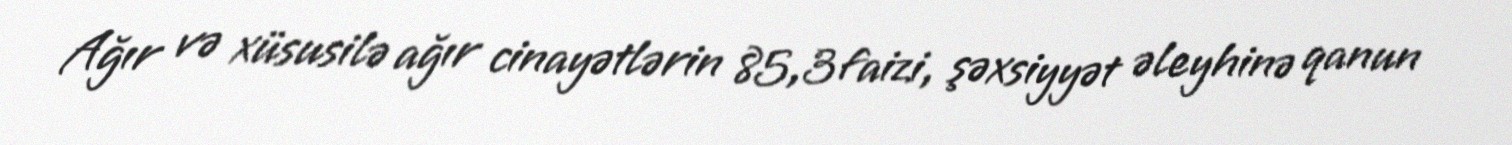
Ağır və xüsusilə ağır cinayətlərin 85,3 faizi, şəxsiyyət əleyhinə qanun